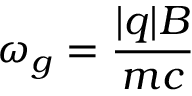
\omega _ { g } = { \frac { | q | B } { m c } }